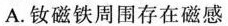
A.钕磁铁周围存在磁感